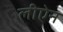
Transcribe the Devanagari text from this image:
लीऐन